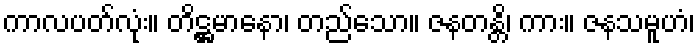
ကာလပတ်လုံး။ တိဋ္ဌမာနော၊ တည်သော။ ဇနတန္တိ၊ ကား။ ဇနသမူဟံ၊